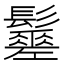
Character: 𩯸